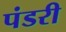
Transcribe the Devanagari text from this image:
पंडरी